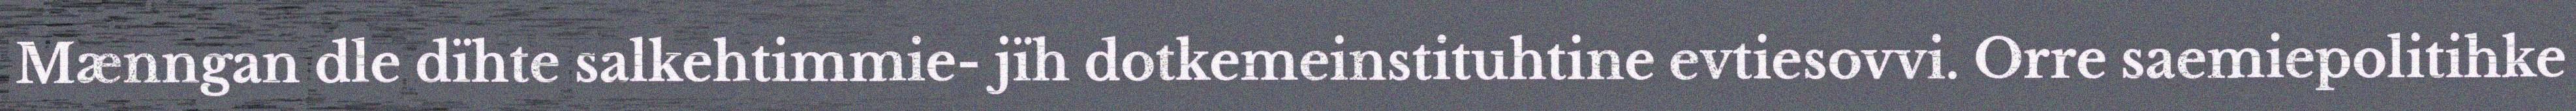
Mænngan dle dïhte salkehtimmie- jïh dotkemeinstituhtine evtiesovvi. Orre saemiepolitihke